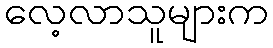
လေ့လာသူများက